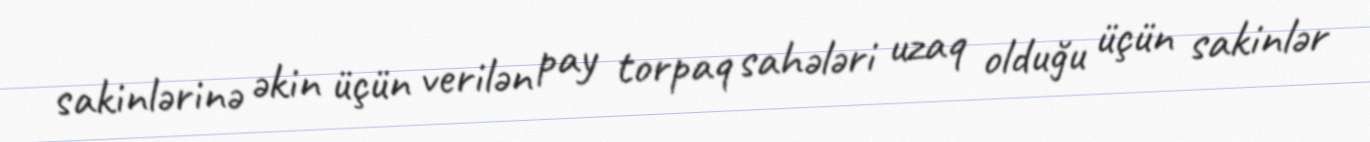
sakinlərinə əkin üçün verilən pay torpaq sahələri uzaq olduğu üçün sakinlər